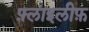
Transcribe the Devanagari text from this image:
फ़्लाइलीफ़